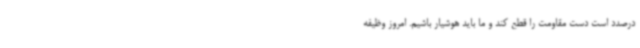
درصدد است دست مقاومت را قطع کند و ما باید هوشیار باشیم. امروز وظیفه